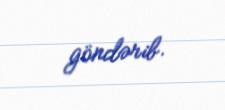
göndərib.